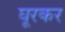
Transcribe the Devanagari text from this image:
घूरकर